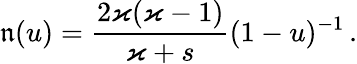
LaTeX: \mathfrak{n}(u)=\frac{2\varkappa(\varkappa-1)}{\varkappa+s}(1-u)^{-1}\, .